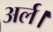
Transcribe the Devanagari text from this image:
अर्ल।